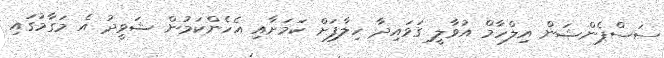
ސަސްޕެންޝަން އިލްހާމް އުވާލީ ގަވައިދާ ހިލާފަށް ކަމަށާއި އެެހެންކަމުން ޝަވީދު އެ މަގާމުގައި